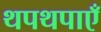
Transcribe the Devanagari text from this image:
थपथपाएँ